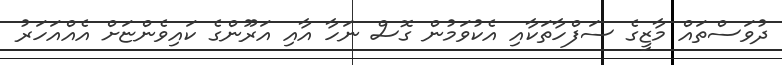
ދުވަސްތައް މާޒީގެ ސަފްހާތަކާއި އެކުވަމުން ގޮސް ނަހާ އާއި އަރޫންގެ ކައިވެންޏަށް އެއްއަހަރު